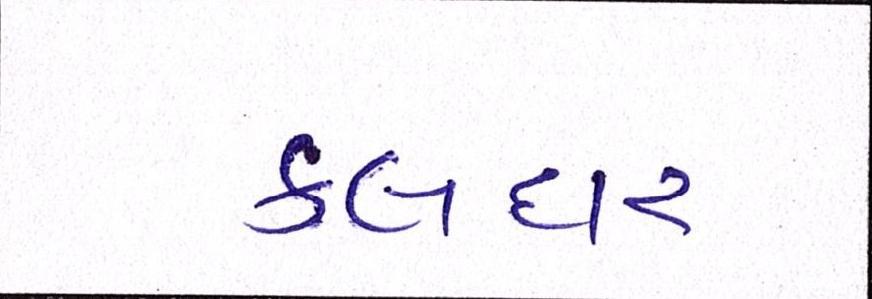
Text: કલદાર